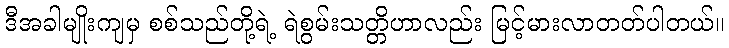
ဒီအခါမျိုးကျမှ စစ်သည်တို့ရဲ့ ရဲစွမ်းသတ္တိဟာလည်း မြင့်မားလာတတ်ပါတယ်။